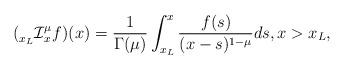
LaTeX: \begin{align*}(\prescript{}{x_L}{\mathcal{I}}_{x}^{\mu}f)(x)=\frac1{\Gamma(\mu)}\int_{x_L}^x\frac{f(s)}{(x-s)^{1-\mu}}ds,x>x_L,\end{align*}